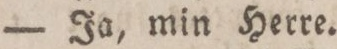
— Ja, min Herre.